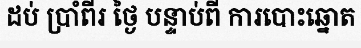
ដប់ ប្រាំពីរ ថ្ងៃ បន្ទាប់ពី ការបោះឆ្នោត